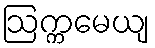
ဩက္ကမေယျ